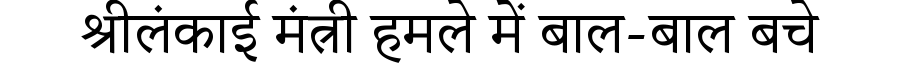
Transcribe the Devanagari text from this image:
श्रीलंकाई मंत्री हमले में बाल-बाल बचे